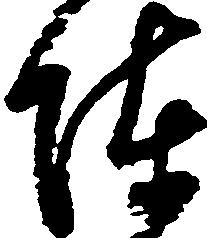
陣